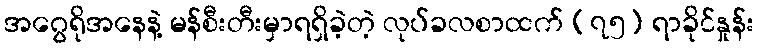
အဂွေရိုအနေနဲ့ မန်စီးတီးမှာရရှိခဲ့တဲ့ လုပ်ခလစာထက် (၇၅) ရာခိုင်နှုန်း